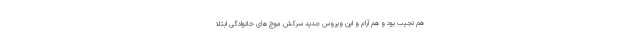
هم نجیب بود و هم آرام و این ویروس جدید سرکش موج های خانوادگی ابتلا